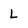
Character: L